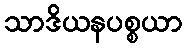
သာဒိယနပစ္စယာ